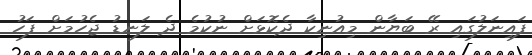
ފައިނަލުގައި ރޭ ބަޔާން މިއުނިކާ ދެކޮޅަށް ނުކުމެ ދެ ލަނޑު ޖެހުމަށް ފަހު